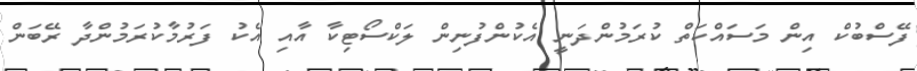
ފޭސްބުކް އިން މަސައްކަތް ކުރަމުންދަނީ އެކުންފުނިން ލަކްސޯޓިކާ އާއި އެކު ފަރުމާކުރަމުންދާ ރޭބަން